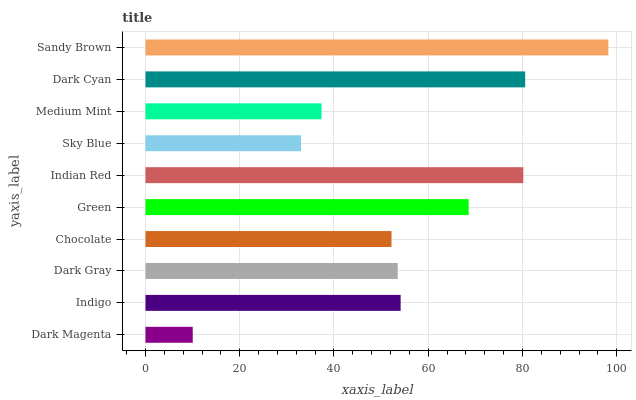
| yaxis_label | bars |
 | --- | --- |
 | Dark Magenta | 10 |
 | Indigo | 54.1 |
 | Dark Gray | 53.5 |
 | Chocolate | 52.2 |
 | Green | 68.6 |
 | Indian Red | 80.2 |
 | Sky Blue | 33 |
 | Medium Mint | 37.4 |
 | Dark Cyan | 80.6 |
 | Sandy Brown | 98.2 |